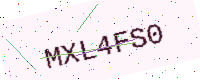
Text: MXL4FS0